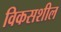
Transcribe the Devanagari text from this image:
विकसशील